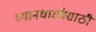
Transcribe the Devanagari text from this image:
ध्यानधारणेसाठी